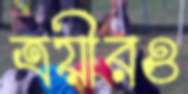
ত্রয়ীরও